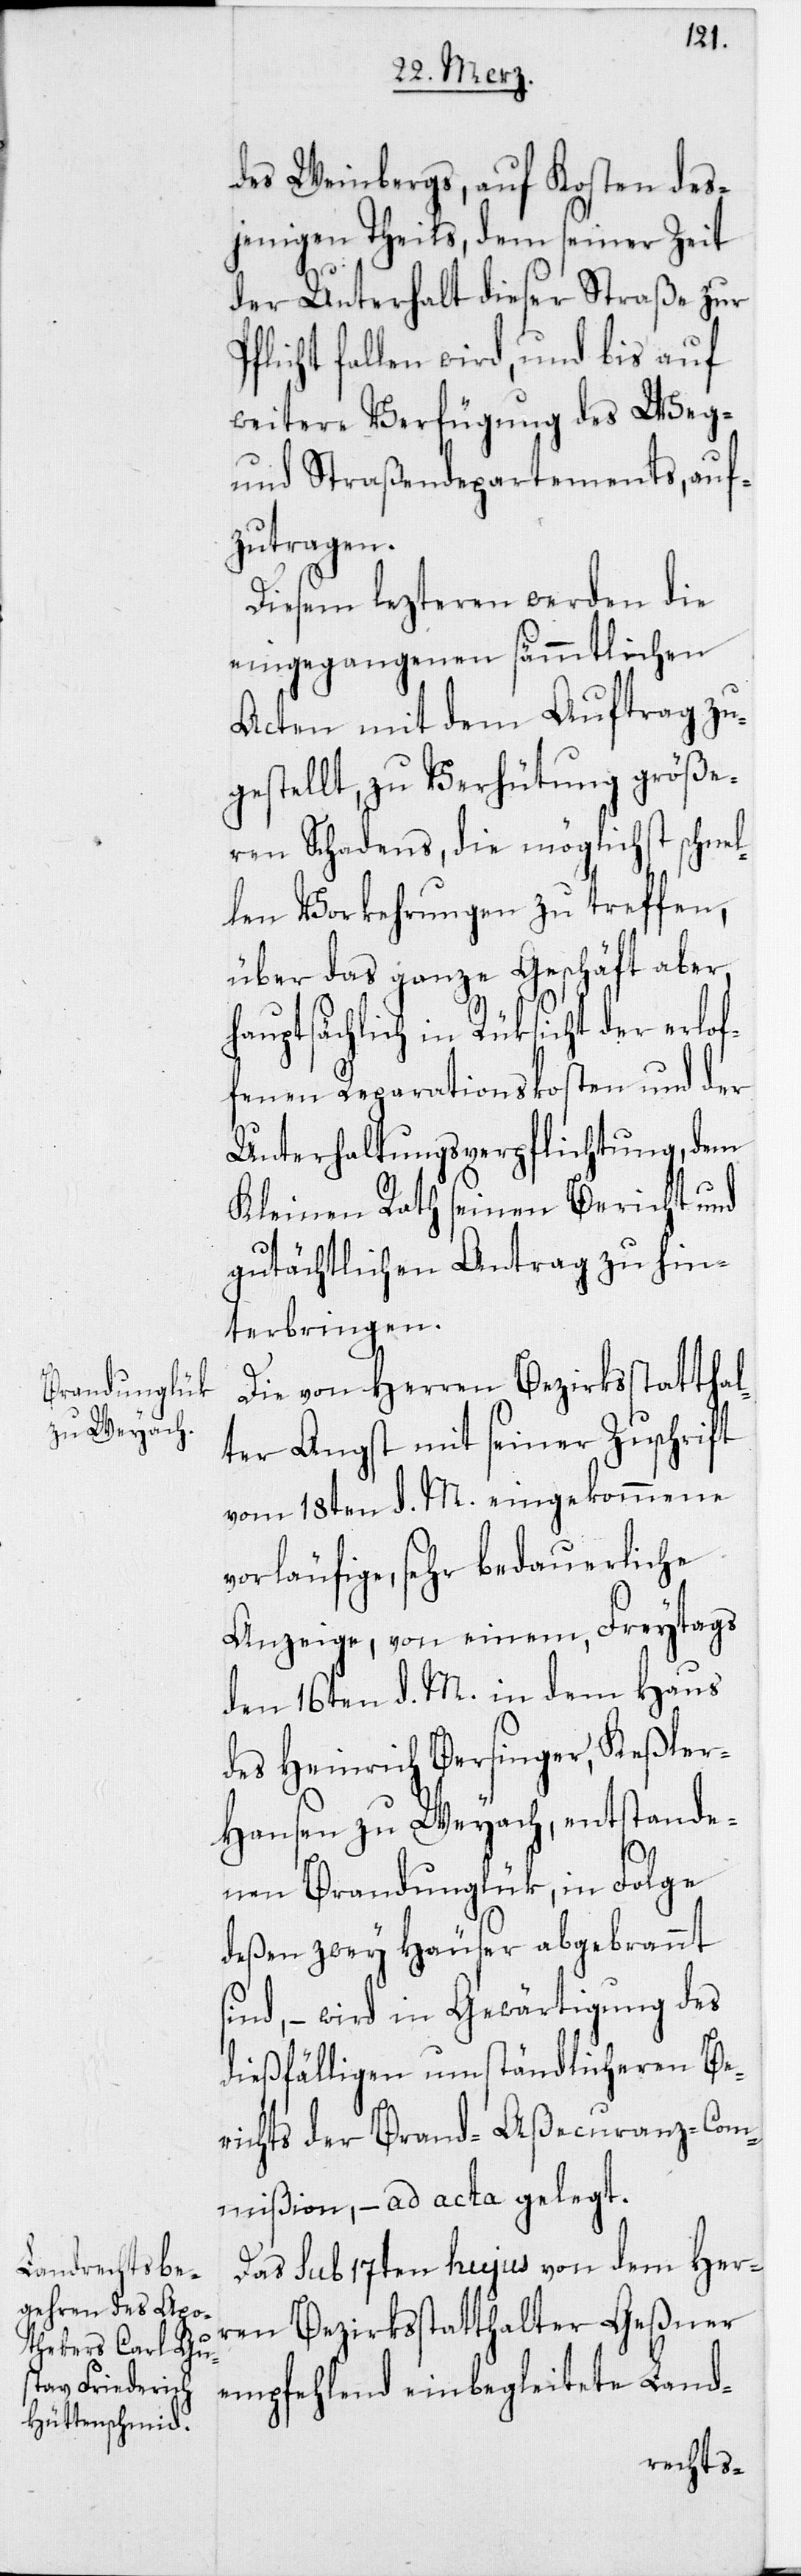
des Weinbergs, auf Kosten des¬
jenigen Theils, dem seiner Zeit
der Unterhalt dieser Straße zur
Pflicht fallen wird, und bis auf
weitere Verfügung des Weg-
und Straßendepartements, auf¬
zutragen.
Diesem lezteren werden die
eingegangenen sämmtlichen
Acten mit dem Auftrag zu¬
gestellt, zu Verhütung größe¬
ren Schadens, die möglichst schnel¬
len Vorkehrungen zu treffen,
über das ganze Geschäft aber,
hauptsächlich in Rüksicht der erlof¬
fenen Reparationskosten und der
Unterhaltungsverpflichtung, dem
Kleinen Rath seinen Bericht und
gutächtlichen Antrag zu hin¬
terbringen.
Die von Herren Bezirksstatthal¬
ter Angst mit seiner Zuschrift
vom 18ten d. M. eingekommene
vorläufige, sehr bedauerliche
Anzeige, von einem, Freytags
den 16ten d. M. in dem Haus
des Heinrich Bersinger, Keßle¬
r-Hansen zu Weyach, entstande¬
nen Brandunglük, in Folge
deßen zwey Häuser abgebrannt
sind, – wird in Gewärtigung des
dießfälligen umständlicheren Be¬
richts der Brand-Aßecuranz-Com¬
mißion, – ad acta gelegt.
Das sub 17ten hujus von dem Her¬
ren Bezirksstatthalter Geßner
empfehlend einbegleitete Land-